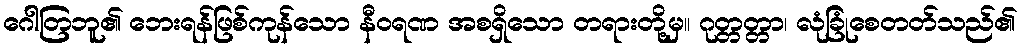
ဂေါတြဘူ၏ ဘေးရန်ဖြစ်ကုန်သော နီဝရဏ အစရှိသော တရားတို့မှ။ ဂုတ္တတ္တာ၊ လုံခြုံစေတတ်သည်၏